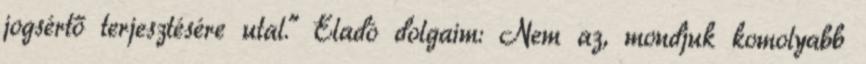
jogsértő terjesztésére utal." Eladó dolgaim: Nem az, mondjuk komolyabb